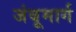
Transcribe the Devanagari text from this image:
जंबूमार्ग